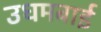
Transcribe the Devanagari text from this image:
उधमबाई